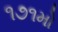
૧૭૧મો